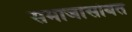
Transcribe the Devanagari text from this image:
समाजांसोबत